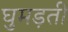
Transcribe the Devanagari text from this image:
घुमड़ती